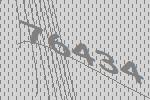
76434